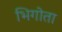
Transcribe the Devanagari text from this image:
भिगोता